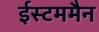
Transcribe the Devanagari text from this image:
ईस्टममैन